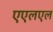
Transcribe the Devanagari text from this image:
एएलएल